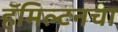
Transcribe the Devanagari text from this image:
हॅमिल्टनचा